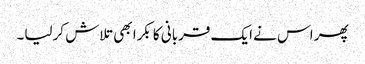
پھر اس نے ایک قربانی کا بکرا بھی تلاش کرلیا۔